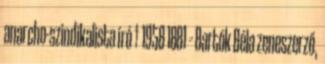
anarcho-szindikalista író † 1958 1881 – Bartók Béla zeneszerző,